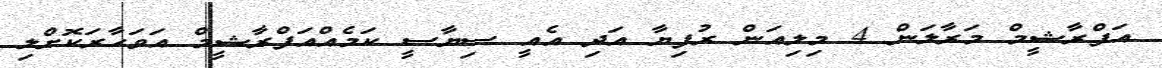
އަފްރާޝީމް މަރާލަން 4 މިލިއަން ރުފިޔާ އަދި އެއީ ސިޔާސީ ކަމެއްއަފްރާޝީމް އަވަހާރަކޮށްލި